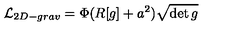
{ \cal L } _ { 2 D - g r a v } = \Phi ( R [ g ] + a ^ { 2 } ) \sqrt { \det g }